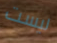
ليست